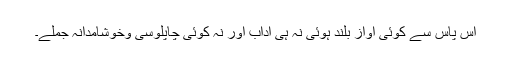
آس پاس سے کوئی آواز بلند ہوئی نہ ہی آداب اور نہ کوئی چاپلوسی وخوشامدانہ جملے۔